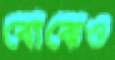
বোঝেও